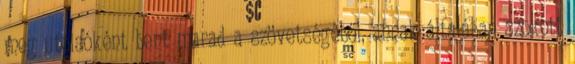
meg utolsóként bent marad a szövetségéből, annak általában szokott